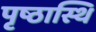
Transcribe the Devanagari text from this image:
पृष्ठास्थि